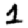
Digit: 1